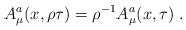
LaTeX: \begin{align*}A_{\mu}^{a} ( x, \rho \tau ) = {\rho}^{- 1} A_{\mu}^{a} ( x, \tau ) \; . \end{align*}